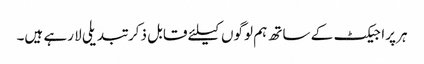
ہر پراجیکٹ کے ساتھ ہم لوگوں کیلئے قابل ذکر تبدیلی لا رہے ہیں۔